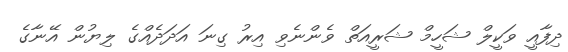
ދިފާއީ ވަކީލް ޝަހީމް ޝަރީއަތް ވެންނެވި އިރު ގިނަ އަދަދެއްގެ ލިޔުން އޭނާގެ